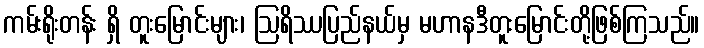
ကမ်းရိုးတန်း ရှိ တူးမြောင်းများ၊ ဩရိဿပြည်နယ်မှ မဟာနဒီတူးမြောင်းတို့ဖြစ်ကြသည်။